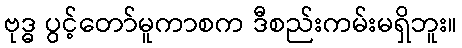
ဗုဒ္ဓ ပွင့်တော်မူကာစက ဒီစည်းကမ်းမရှိဘူး။